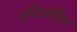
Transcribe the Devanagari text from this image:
एस्टिमेटिंग